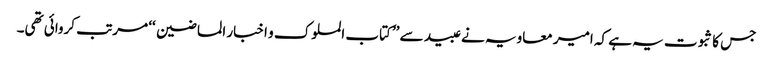
جس کا ثبوت یہ ہے کہ امیر معاویہ نے عبید سے ’’کتاب الملوک و اخبار الماضین ‘‘ مرتب کروائی تھی۔